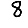
Digit: 8